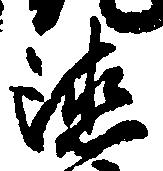
徳